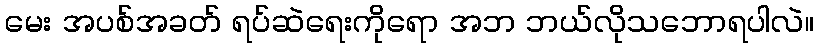
မေး အပစ်အခတ် ရပ်ဆဲရေးကိုရော အဘ ဘယ်လိုသဘောရပါလဲ။